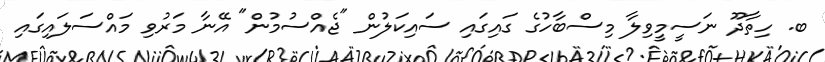
ބ. ހިތާދޫ ނަސީމީވިލާ މިސްބާހުގެ ގައިގައި ސައިކަލުން "ޖެއްސުމުން" އޭނާ މަރުވި މައްސަލައިގައި